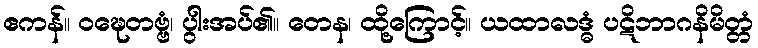
ဧကန်။ ဝဍ္ဎေတဗ္ဗံ၊ ပွါးအပ်၏။ တေန၊ ထို့ကြောင့်။ ယထာလဒ္ဓံ ပဋိဘာဂနိမိတ္တံ